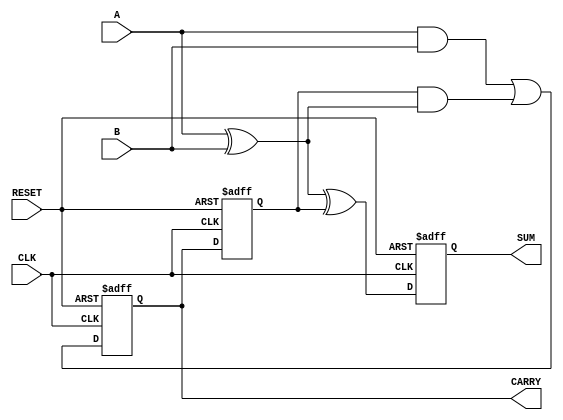
module Sequential_Half_Adder (
    input wire A,          // Input operand A
    input wire B,          // Input operand B
    input wire CLK,        // Clock signal
    input wire RESET,      // Reset signal
    output reg SUM,        // Sum output
    output reg CARRY       // Carry output
);

// Internal carry state
reg previous_carry;

// Sequential logic: Update state on clock edge
always @(posedge CLK or posedge RESET) begin
    if (RESET) begin
        // Reset state
        SUM <= 0;
        CARRY <= 0;
        previous_carry <= 0;
    end else begin
        // Calculate SUM and CARRY
        SUM <= A ^ B ^ previous_carry; // Sum of inputs and previous carry
        CARRY <= (A & B) | (previous_carry & (A ^ B)); // Carry out calculation
        previous_carry <= CARRY; // Update previous carry state
    end
end

endmodule